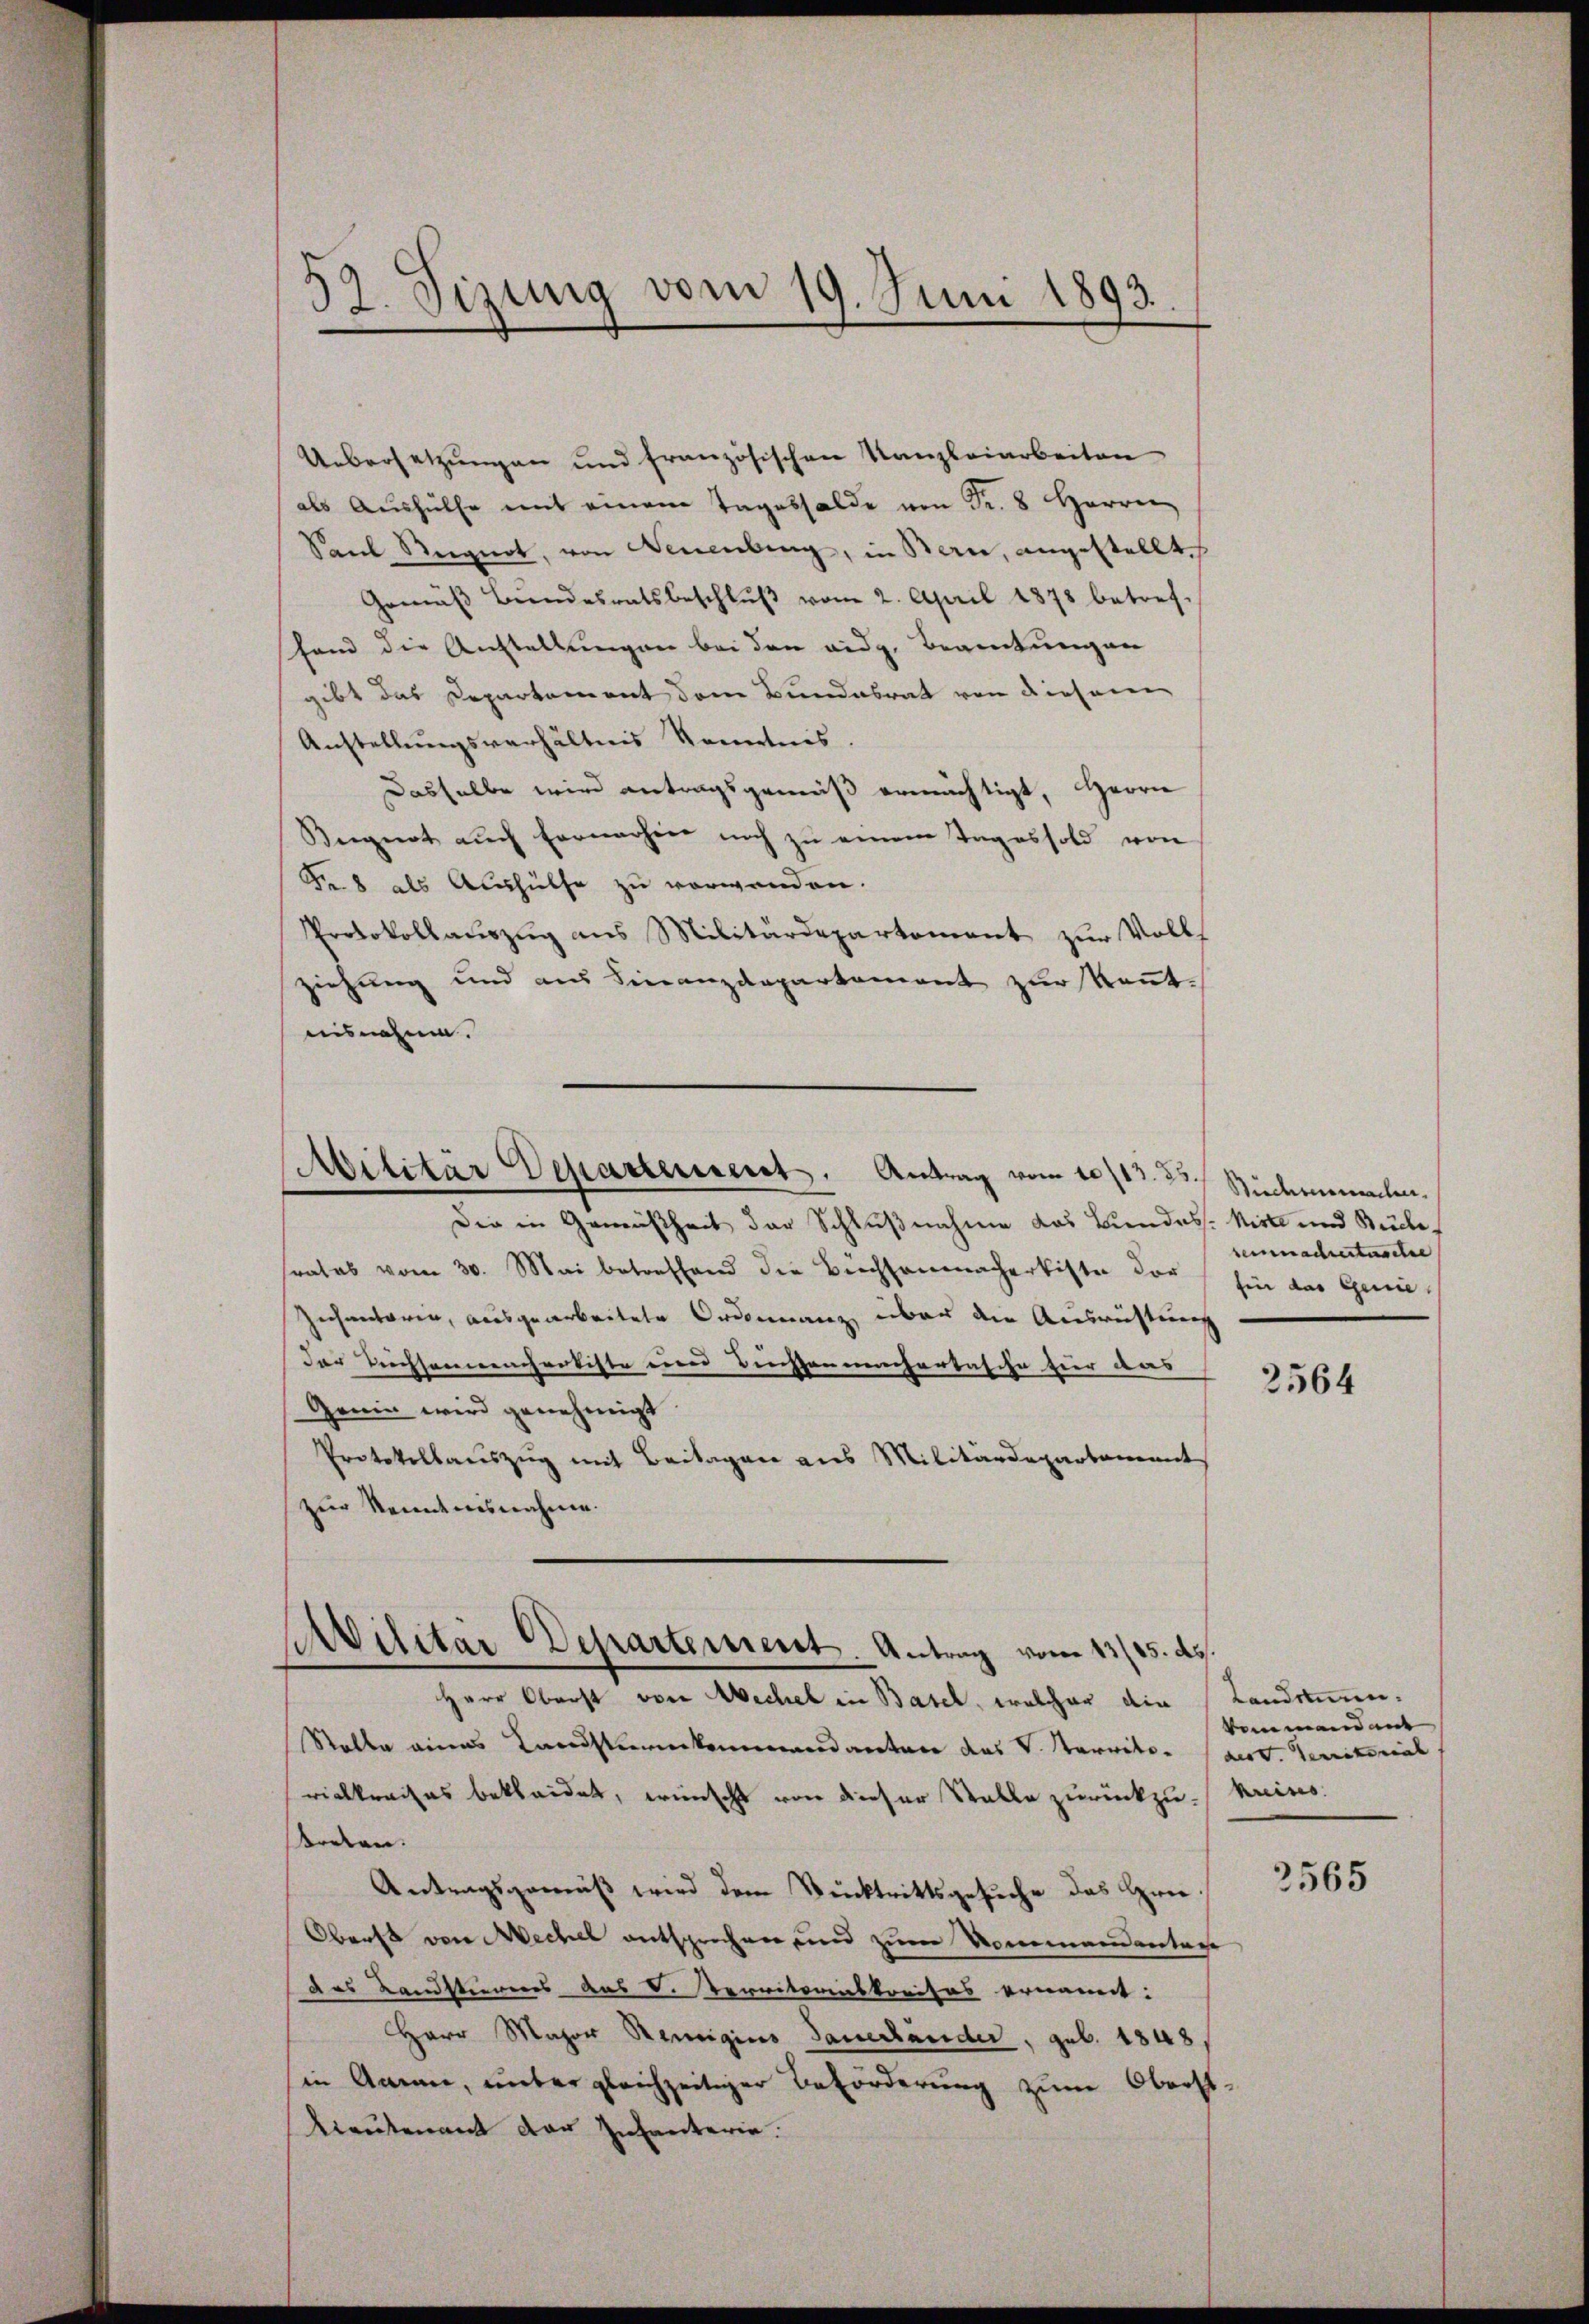
32. Sizung vom 19. Juni 1893.

Uebersetzungen und französischen Kanzleiarbeiten
als Aŭshülfe mit einem Tageshalde von Fr. 8 Herren
Saal Reignet, von Neuenburg, in Bern, angestellt.
Gemäβ Bandesratsbeschlŭβ vom 2. April 1878 betref-
fand die Anstellungen bei den eidg. Beamtungen
gibt das Departement dem Bundesrat von diesem
Anstellungsverhältnis Kenntnis
Dasselbe wird antragsgemeiß ermächtigt, Herrn
Regnot auch Fernerhier noch zu einem Tages sold von
F8 als Aushülfe zu verwenden.
Protokollauszug aus Militärdepartement zur Vollziehung und aus Finanzdepartement zur Kenntnisnahme.

Militär Departement. Antrag vom 10/13. 25.

Die in Gemäßheit der Schlußnahme das Bundes- Kiste und Stücke,
frates vom 30. Mai betreffend die Büchsenmachertister der hin das Genie
Zechentaren, ausgearbeitete Ordonnanz über die Ausrichtung
der Sichsamenschartiste eine Büchsenmachertasche hier das
Genie wird genehmigt.
Protokollauszug mit Beitagen aus Militärdepartament
zur Kenntnisnahme.

Militär Departement. Antrag vom 13/25. ds.

Herr Oberst von Wechel in Basel, welcher die Landamen¬
Stalle eines Landstreikommandanter das V. Servite. (Serv. Territorial
rickkreises bekleidet, wünscht von dieser Stalle zurückzu-Kreises.
reten.
Antragsgemäß wird dem Rücktrittsgesuche das Hrn
Oberst von Mechel entsprechen und zum Nommandantage
das Landstierens aus d. Verritorinskreises ernannt:
HHerr Major Remigius Sauerländer, geb. 1848/
in Aman, unter gleichzeitiger Beförderung zum Oberst-
Lieutenant der Infanterie.

Biedermachen.
temnachtertasche

2564

venemand mit

2565